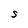
Character: S